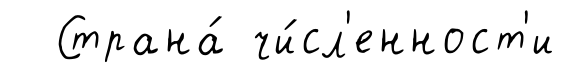
Страна́ чи́сл'енност'и